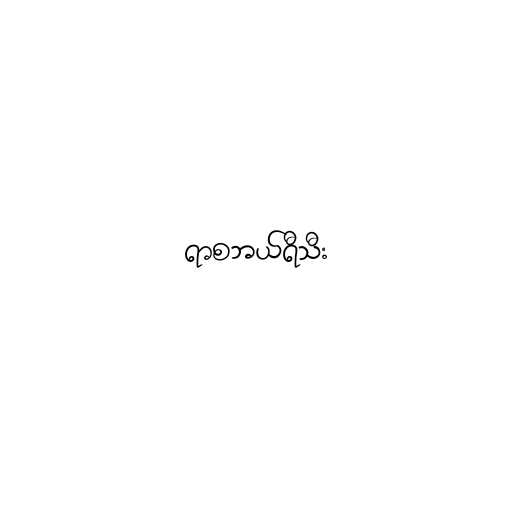
ရာစဘယ်ရီသီး